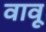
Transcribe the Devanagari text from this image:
वावू